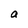
Character: a